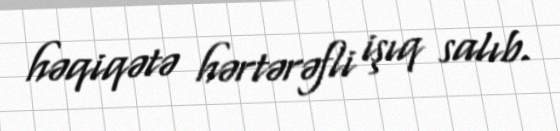
həqiqətə hərtərəfli işıq salıb.